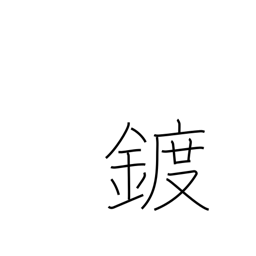
Meaning: plating